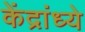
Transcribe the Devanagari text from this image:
केंद्रांध्ये